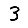
Digit: 3